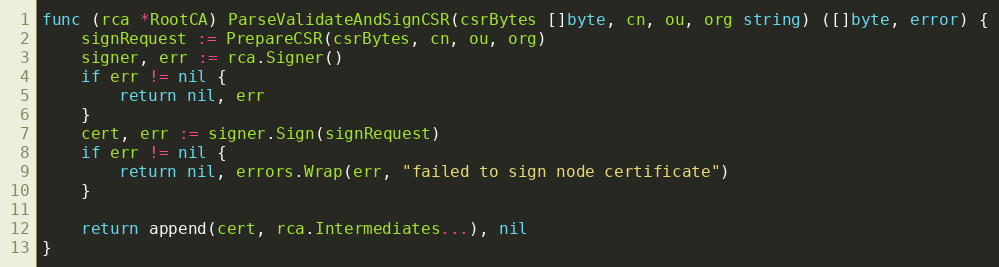
Language: Go
func (rca *RootCA) ParseValidateAndSignCSR(csrBytes []byte, cn, ou, org string) ([]byte, error) {
	signRequest := PrepareCSR(csrBytes, cn, ou, org)
	signer, err := rca.Signer()
	if err != nil {
		return nil, err
	}
	cert, err := signer.Sign(signRequest)
	if err != nil {
		return nil, errors.Wrap(err, "failed to sign node certificate")
	}

	return append(cert, rca.Intermediates...), nil
}